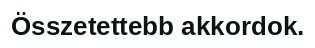
Összetettebb akkordok.